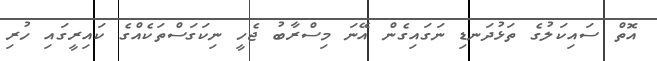
އޮތް ސައިކަލުގެ ތަޅުދަނޑި ނަގައިގެން އޭނަ މިސްރާބު ޖެހީ ނިކަގަސްތަކެއްގެ ކައިރީގައި ހުރި